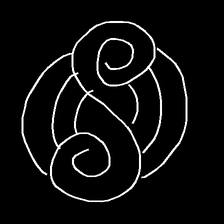
Glyph: wind-underfoot